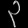
Digit: ၃